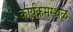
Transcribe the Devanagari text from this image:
कार्यक्रमस्थळ